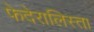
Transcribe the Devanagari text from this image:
फेदेरालिस्ता